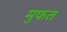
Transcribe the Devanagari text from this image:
मुफत